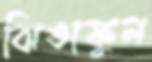
ঝিঙাফুল